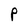
Character: P